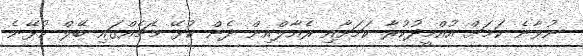
ނުވާނެ ކަމަށް އުއްމީދުކުރާ ކަމަށާއި ރެއާލްއިން ދެން ކުޅޭ މެޗެއްގައި ބޭލް ކުޅޭނެ